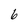
Character: 6